Leningradi_Edasi_toimetus, lk 180
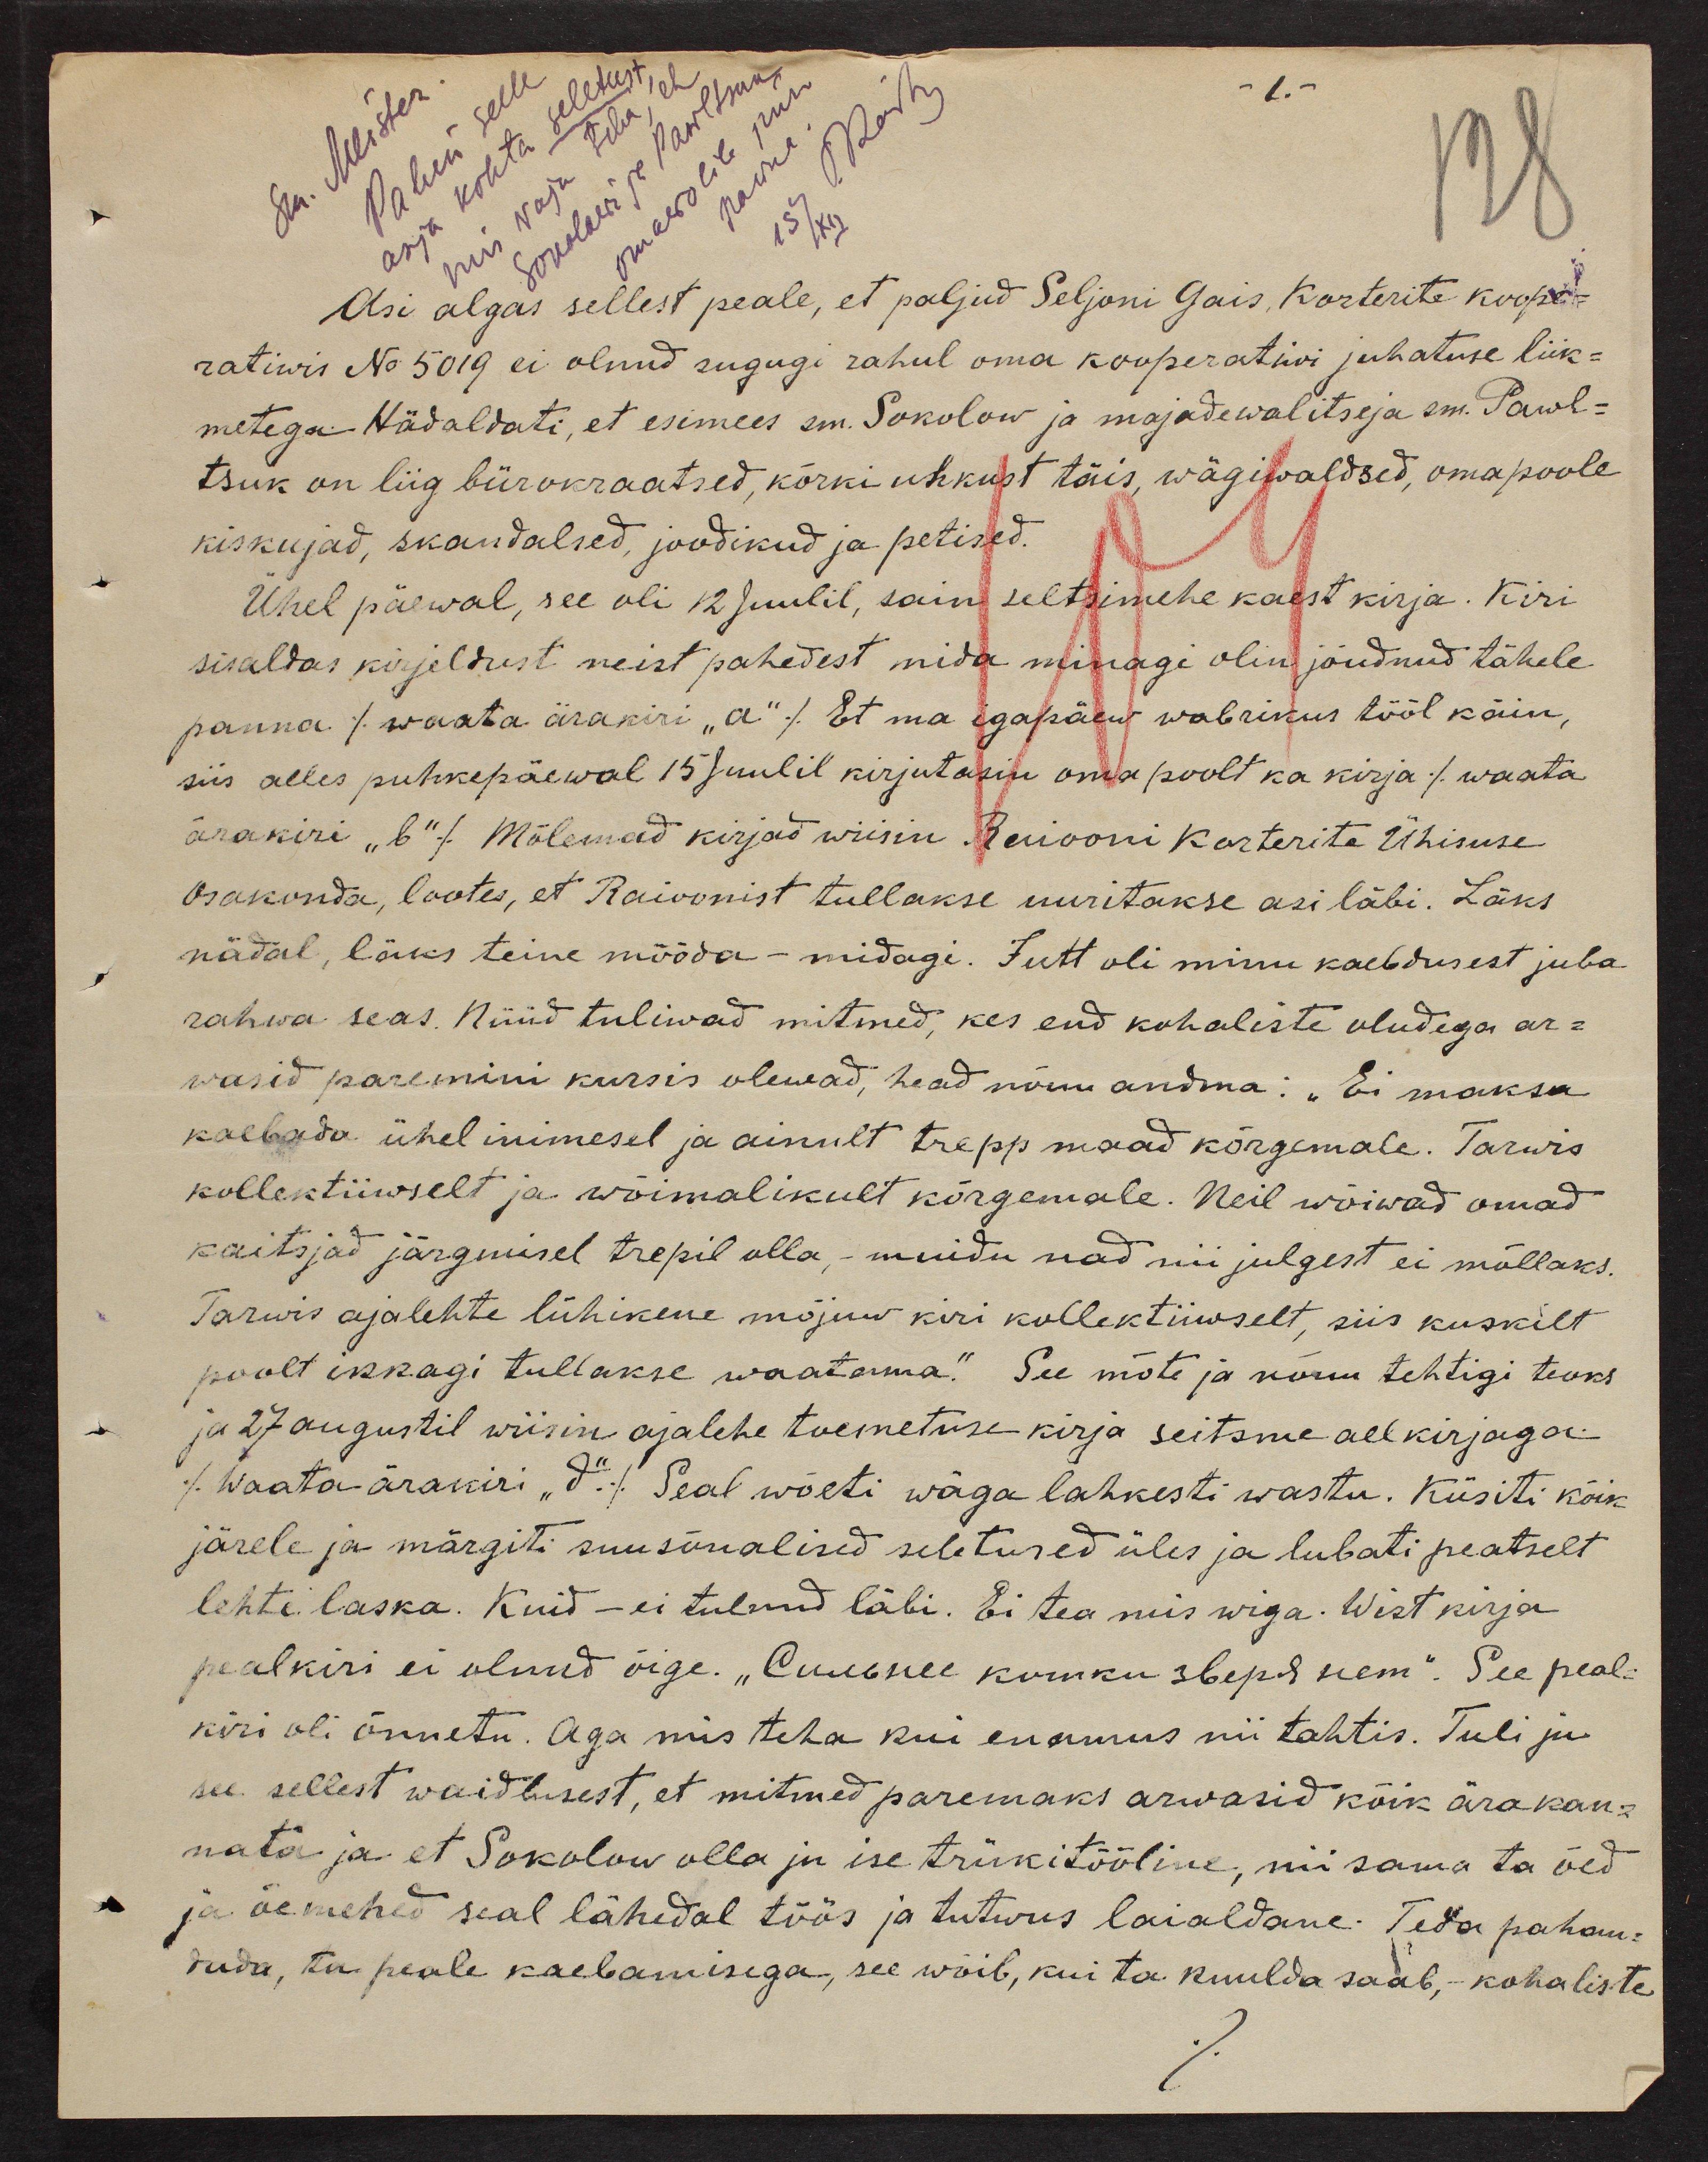
-1. -
128
Asi algas sellest peale, et paljud Seljoni Gais Korterite koope-
ratiwis No 5019 ei olnud sugugi rahul oma kooperatiwi juhatuse liik-
metega. Hädaldati, et esimees sm. Sokolow ja majadewalitseja sm. Pawl-
tsuk on liig bürokraatsed, kõrki uhkust täis, wägiwaldsed, omapoole
kiskujad, skandalsed, joodikud ja petised.
Ühel päewal, see oli 12 juulil, sain seltsimehe kaest kirja. Kiri
sisaldas kirjeldust neist pahedest mida minagi olin jõudnud tähele
panna /waata ärakiri "a"/ Et ma igapäew wabrikus tööl käin,
siis alles puhkepäewal 15 Juulil kirjutasin oma poolt ka kirja /waata
ärakiri "b"/ Mõlemad kirjad wiisin Raiooni Korterite Ühisuse
osakonda, lootes, et Raioonist tullakse uuritakse asi läbi. Läks
nädal, läks teine mööda - midagi. Jutt oli minu kaebdusest juba
rahwa seas. Nüüd tuliwad mitmed, kes end kohaliste oludega ar-
wasid paremini kursis olewad, head nõuu andma. "Ei maksa
kaebada ühel inimesel ja ainult trepp maad kõrgemale. Tarvis
kollektiiiwselt ja wõimalikult kõrgemale. Neil võiwad omad
kaitsjad järgmisel trepil olla, -muidu nad nii julgest ei mõllaks.
Tarwis ajalehte lühikene mõjuw kiri kollektiivselt, siis kuskilt
poolt ikkagi tullakse waatama." See mõte ja nõuu tehtigi teoks
ja 27 augustil wiisin ajalehe toimetuse kirja seitsme allkirjaga.
/Waata-ärakiri "d"/ Seal wõeti wäga lahkesti wastu. Küsiti kõik
järele ja märgiti suusõnalised seletused üles ja lubati peatselt
lehte laska. Kuid - ei tulnud läbi. Ei tea mis wiga. Wist kirja
pealkiri ei olnud õige. "Сuusnee komku skeptud seem". See peal-
kiri oli õnnetu. Aga mis teha kui enamus nii tahtis. Tuli ju
see sellest waidlusest, et mitmed paremaks arwasid kõik ära kan-
nata ja et Sokolow olla ju ise trükitööline, nii sama ta õed
ja õemehed seal lähedal töös ja tutwus laialdane. Teda pahan-
dada, ta peale kaebamisega, see wõib, kui ta kuulda saab, -kohaliste